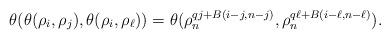
LaTeX: \begin{align*} \theta(\theta(\rho_{i}, \rho_{j}), \theta(\rho_{i}, \rho_{\ell}))=\theta(\rho_n^{qj+B(i-j,n-j)}, \rho_n^{q\ell+B(i-\ell,n-\ell)}). \end{align*}